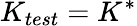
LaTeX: K_{test}=K^{*}